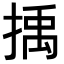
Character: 𢯺